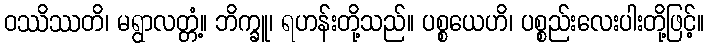
ဝဿိဿတိ၊ မရွာလတ္တံ့။ ဘိက္ခူ၊ ရဟန်းတို့သည်။ ပစ္စယေဟိ၊ ပစ္စည်းလေးပါးတို့ဖြင့်။